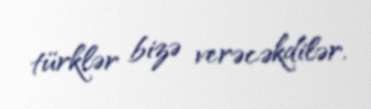
türklər bizə verəcəkdilər.